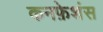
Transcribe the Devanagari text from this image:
कनफ़ेशंस